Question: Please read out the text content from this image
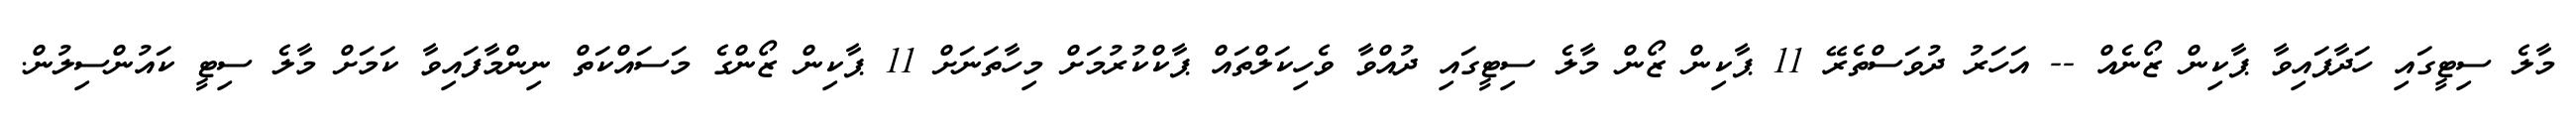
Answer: މާލެ ސިޓީގައި ހަދާފައިވާ ޕާކިން ޒޯނެއް -- އަހަރު ދުވަސްތެރޭ 11 ޕާކިން ޒޯން މާލެ ސިޓީގައި ދުއްވާ ވެހިކަލްތައް ޕާކްކުރުމަށް މިހާތަނަށް 11 ޕާކިން ޒޯންގެ މަސައްކަތް ނިންމާފައިވާ ކަމަށް މާލެ ސިޓީ ކައުންސިލުން.